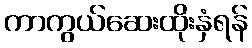
ကာကွယ်ဆေးထိုးနှံရန်